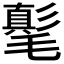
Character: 𣰘